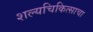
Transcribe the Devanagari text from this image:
शल्यचिकित्साचा